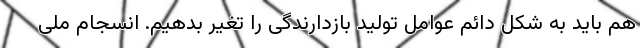
هم باید به شکل دائم عوامل تولید بازدارندگی را تغیر بدهیم. انسجام ملی